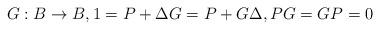
LaTeX: \begin{align*}G:B\to B,1=P+\Delta G=P+G\Delta,PG=GP=0\end{align*}